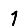
Digit: 1